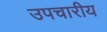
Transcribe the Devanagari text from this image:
उपचारीय